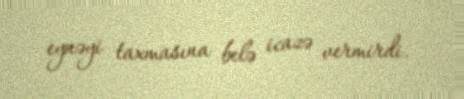
eynəyi taxmasına belə icazə vermirdi.